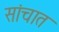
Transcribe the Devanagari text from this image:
सांचात